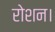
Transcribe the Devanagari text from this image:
रोशन।